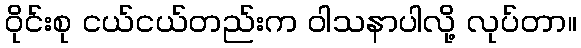
ဝိုင်းစု ငယ်ငယ်တည်းက ဝါသနာပါလို့ လုပ်တာ။